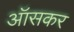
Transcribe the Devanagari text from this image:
ऑसकर